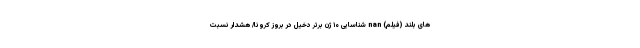
های بلند (فیلم) nan شناسایی ۱۰ ژن برتر دخیل در بروز کرونا/ هشدار نسبت